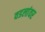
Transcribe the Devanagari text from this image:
वडलांवर